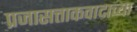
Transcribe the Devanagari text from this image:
प्रजासत्ताकवादाच्या